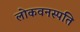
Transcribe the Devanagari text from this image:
लोकवनस्पति